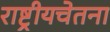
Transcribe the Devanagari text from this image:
राष्ट्रीयचेतना